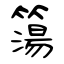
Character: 簜